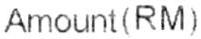
AMOUNT(RM)